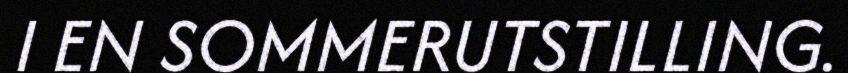
I EN SOMMERUTSTILLING.